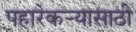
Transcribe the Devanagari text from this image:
पहारेकर्‍यासाठी